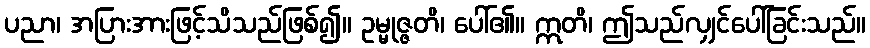
ပညာ၊ အပြားအားဖြင့်သိသည်ဖြစ်၍။ ဥမ္မုဇ္ဇတိ၊ ပေါ်၏။ ဣတိ၊ ဤသည်လျှင်ပေါ်ခြင်းသည်။